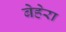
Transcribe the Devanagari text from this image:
बेहेरा